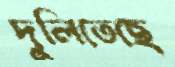
দুলিতেছে